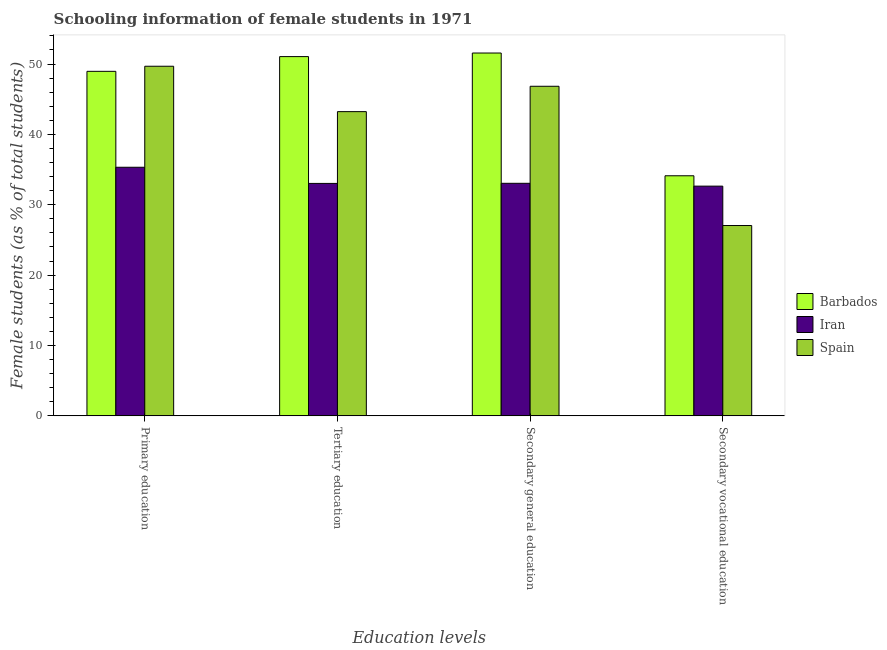
| Education levels | Barbados | Iran | Spain |
 | --- | --- | --- | --- |
 | Primary education | 49 | 35.3 | 49.7 |
 | Tertiary education | 51.1 | 33 | 43.2 |
 | Secondary general education | 51.6 | 33 | 46.8 |
 | Secondary vocational education | 34.1 | 32.6 | 27 |